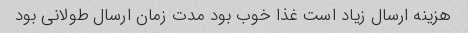
هزینه ارسال زیاد است غذا خوب بود مدت زمان ارسال طولانی بود